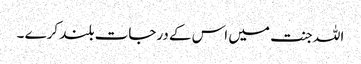
اللہ جنت میں اس کے درجات بلند کرے ۔